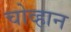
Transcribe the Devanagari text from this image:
चोव्हान